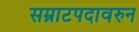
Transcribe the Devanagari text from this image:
सम्राटपदावरुन